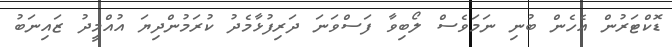
ޑޮކްޓަރުން އެހެން ބުނި ނަމަވެސް ލޯބިވާ ފަސްވަނަ ދަރިފުޅާމެދު ކުރަމުންދިޔަ އުއްމީދު ޒައިނަބު